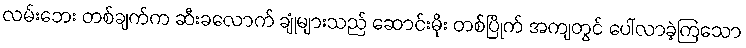
လမ်းဘေး တစ်ချက်က ဆီးခလောက် ချုံများသည် ဆောင်းမိုး တစ်ပြိုက် အကျတွင် ပေါ်လာခဲ့ကြသော